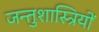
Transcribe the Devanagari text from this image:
जन्तुशास्त्रियों